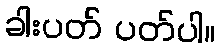
ခါးပတ် ပတ်ပါ။